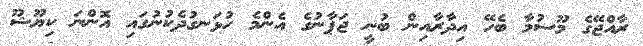
ރާއްޖޭގެ މޫސުމާ ބެހޭ އިދާރާއިން ބުނީ ޖަޕާނުގެ އެންމެ ހުޅަނގުދެކުނުގައި އޮންނަ ކިޔޫޝޫ